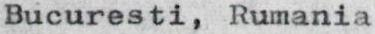
Bucuresti, Rumania